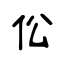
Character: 伀